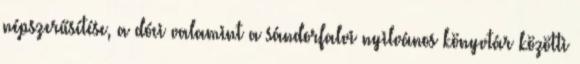
népszerűsítése, a dóci valamint a sándorfalvi nyilvános könyvtár közötti